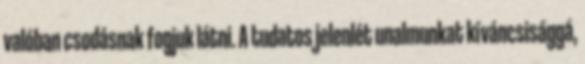
valóban csodásnak fogjuk látni. A tudatos jelenlét unalmunkat kíváncsisággá,